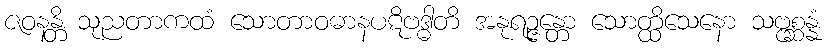
ဇဝနန္တိ သုညတာကထံ သောတာဝဓာနပဋိဗဒ္ဓါတိ အနုရဉ္ဇန္တော သောတ္ထိသေနော သဗ္ဗစ္ဆန္နံ